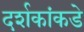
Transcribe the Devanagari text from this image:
दर्शकांकडे